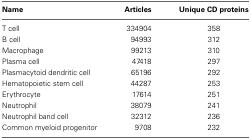
| Name | Articles | Unique CD proteins |
 | --- | --- | --- |
 | T cell | 334904 | 358 |
 | B cell | 94993 | 312 |
 | Macrophage | 99213 | 310 |
 | Plasma cell | 47418 | 297 |
 | Plasmacytoid dendritic cell | 65196 | 292 |
 | Hematopoietic stem cell | 44287 | 253 |
 | Erythrocyte | 17614 | 251 |
 | Neutrophil | 38079 | 241 |
 | Neutrophil band cell | 32312 | 236 |
 | Common myeloid progenitor | 9708 | 232 |